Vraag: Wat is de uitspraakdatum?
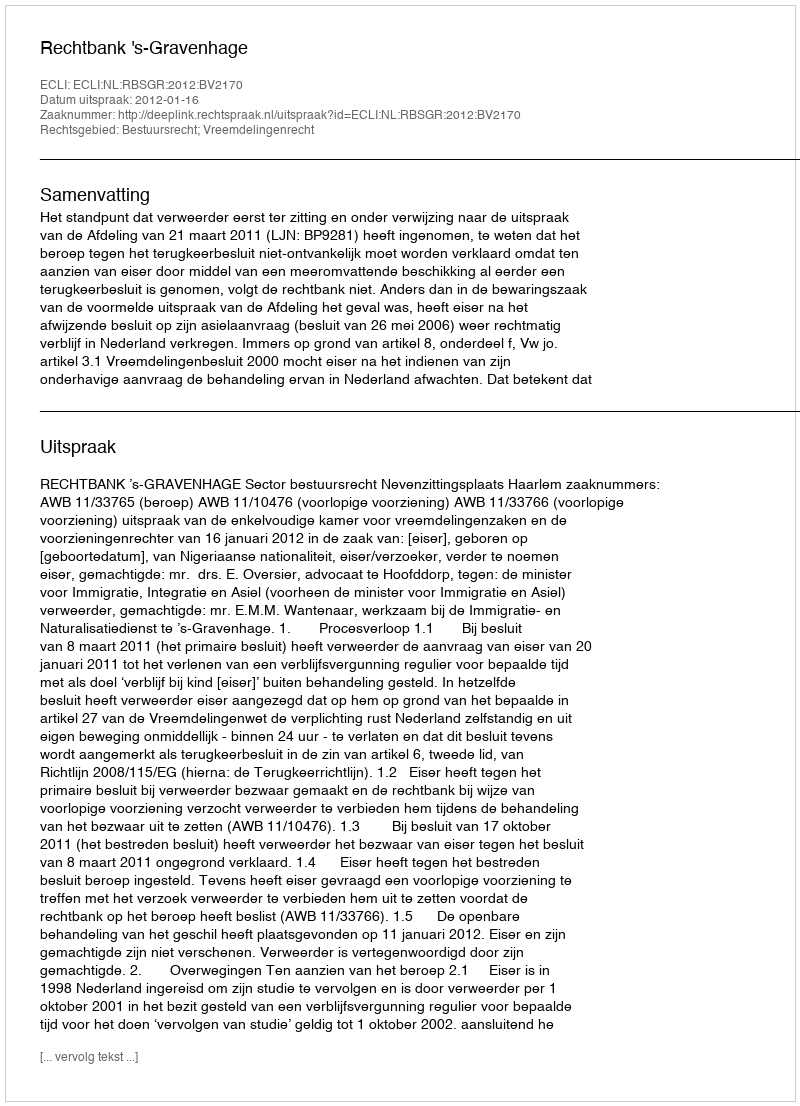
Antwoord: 2012-01-16